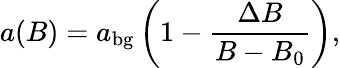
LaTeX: a(B)=a_{\mathrm{bg}}\left(1-\frac{\Delta B}{B-B_{0}}\right),